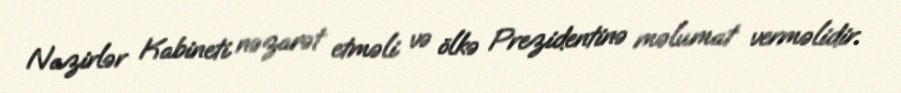
Nazirlər Kabineti nəzarət etməli və ölkə Prezidentinə məlumat verməlidir.